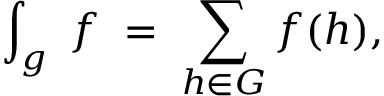
\int _ { g } \; f \; = \; \sum _ { h \in G } f ( h ) ,